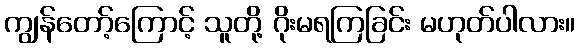
ကျွန်တော့်ကြောင့် သူတို့ ဂိုးမရကြခြင်း မဟုတ်ပါလား။